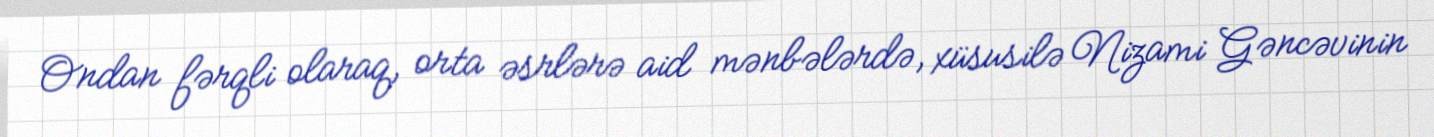
Ondan fərqli olaraq, orta əsrlərə aid mənbələrdə, xüsusilə Nizami Gəncəvinin